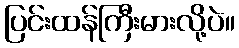
ပြင်းထန်ကြီးမားလို့ပဲ။